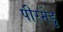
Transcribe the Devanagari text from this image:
पीरमेडु